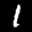
Label: 1